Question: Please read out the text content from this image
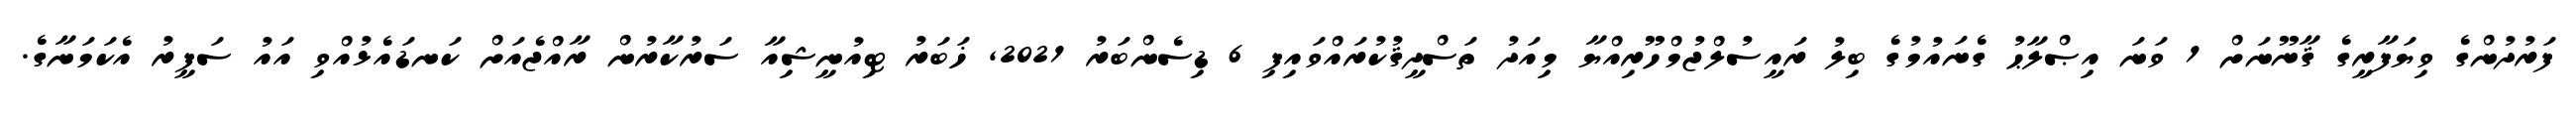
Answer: ފަރުދުންގެ ވިޔަފާރީގެ ޤާނޫނަށް 1 ވަނަ އިޞްލާޙު ގެނައުމުގެ ބިލު ރައީސުލްޖުމްހޫރިއްޔާ މިއަދު ތަސްދީޤުކުރައްވައިފި 6 ޑިސެންބަރު 2021, ޚަބަރު ޓިއުނީޝިއާ ސަރުކާރުން ރާއްޖެއަށް ކަނޑައެޅުއްވި އައު ސަފީރު އެކަމަނާގެ.